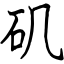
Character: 矶